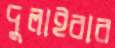
দুলাইবার